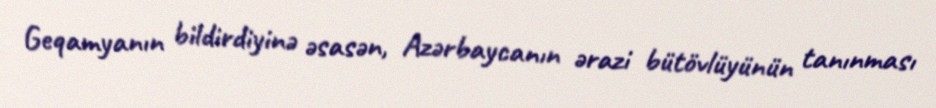
Geqamyanın bildirdiyinə əsasən, Azərbaycanın ərazi bütövlüyünün tanınması